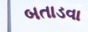
બતાડવા